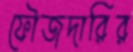
ফৌজদারির